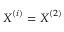
\boldsymbol { X } ^ { ( i ) } = \boldsymbol { X } ^ { ( 2 ) }